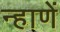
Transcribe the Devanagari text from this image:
न्हाणें